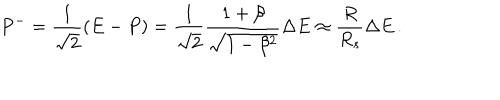
LaTeX: P ^ { - } = \frac { 1 } { \sqrt { 2 } } ( E - P ) = \frac { 1 } { \sqrt { 2 } } \frac { 1 + \beta } { \sqrt { 1 - \beta ^ { 2 } } } \Delta E \approx \frac { R } { R _ { s } } \Delta E \, .